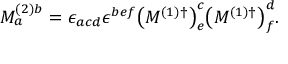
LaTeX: M _ { a } ^ { ( 2 ) b } = \epsilon _ { a c d } \epsilon ^ { b e f } { \left( M ^ { ( 1 ) \dagger } \right) } _ { e } ^ { c } { \left( M ^ { ( 1 ) \dagger } \right) } _ { f } ^ { d } .